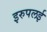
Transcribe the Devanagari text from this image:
इरुपलई